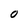
Character: 0